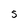
Character: 5